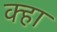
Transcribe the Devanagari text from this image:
क्हा